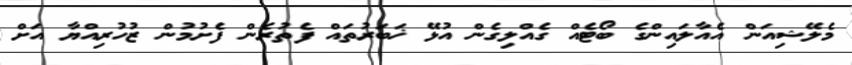
މެލޭޝިއަން އެއާލައިންގެ ބޯޓެއް ގެއްލިގެން އުޅޭ ޚަބަރުތައް ފެތުރެން ފެށުމުން ޒުހުރިއްޔާ އަށް